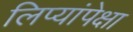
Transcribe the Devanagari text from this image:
लिप्यांपेक्षा